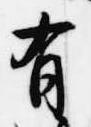
有